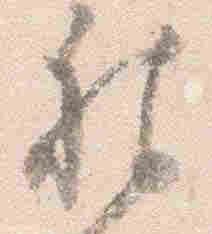
被